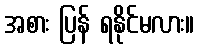
အစား ပြန် ရနိုင်မလား။